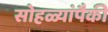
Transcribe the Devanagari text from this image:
सोहळ्यांपैकी